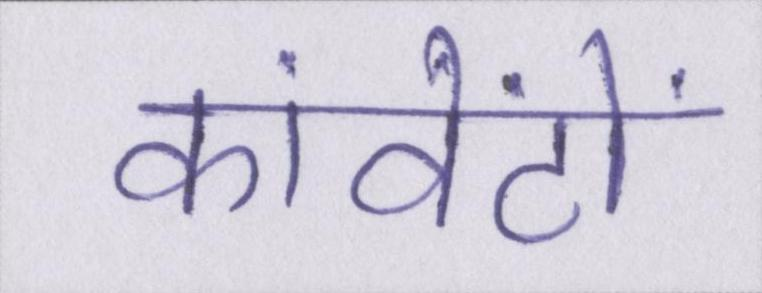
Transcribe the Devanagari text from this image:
कांवेंटों